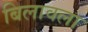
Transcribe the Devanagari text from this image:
बिलावला